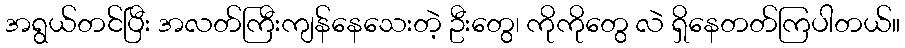
အရွယ်တင်ပြီး အလတ်ကြီးကျန်နေသေးတဲ့ ဦးတွေ၊ ကိုကိုတွေ လဲ ရှိနေတတ်ကြပါတယ်။